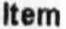
ITEM